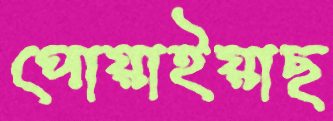
পোয়াইয়াছ